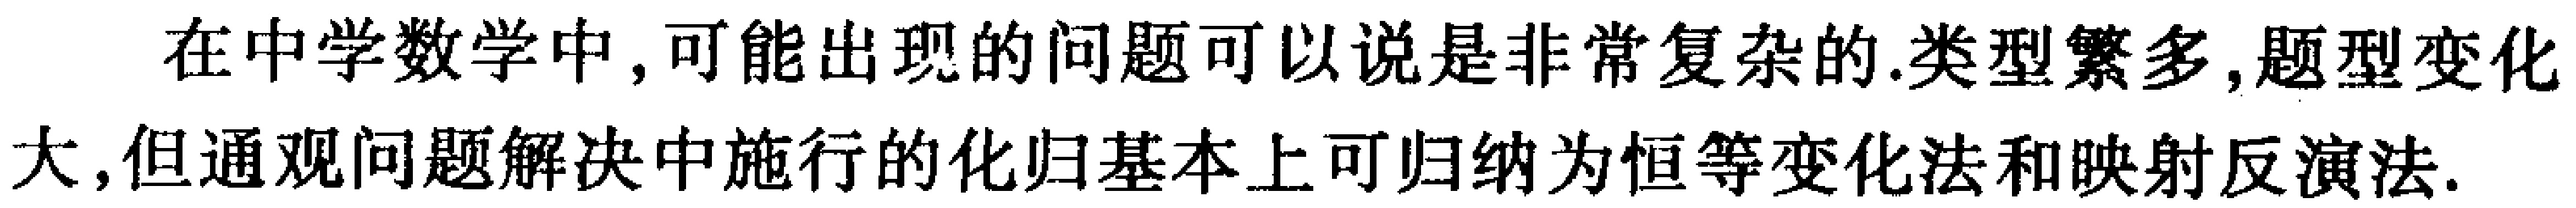
在中学数学中,可能出现的问题可以说是非常复杂的.类型繁多,题型变化大,但通观问题解决中施行的化归基本上可归纳为恒等变化法和映射反演法.